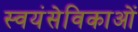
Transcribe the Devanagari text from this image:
स्वयंसेविकाओं